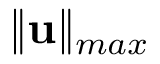
\| \mathbf { u } \| _ { m a x }